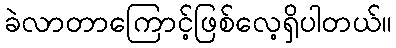
ခဲလာတာကြောင့်ဖြစ်လေ့ရှိပါတယ်။